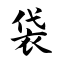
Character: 袋